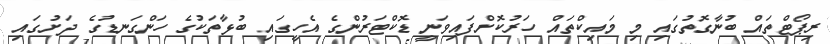
ރިޕޯޓްތައް ބުނާގޮތުގައި މި މައިކްތައް ހަރުކޮށްފައިވަނީ ޑޮކްޓަރުންގެ އެހީގައި ބުޅާތަކުގެ ހަންގަނޑުގެ ދަށުގައި